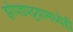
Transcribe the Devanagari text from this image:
झोपडपट्टय़ामध्येही